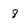
Character: 8